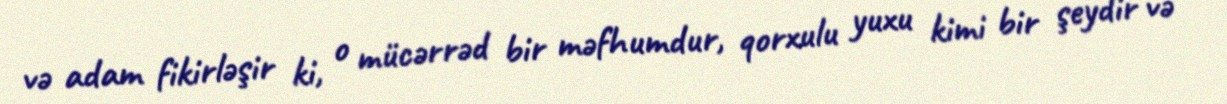
və adam fikirləşir ki, o mücərrəd bir məfhumdur, qorxulu yuxu kimi bir şeydir və